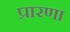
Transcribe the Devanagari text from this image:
प्रारणा